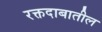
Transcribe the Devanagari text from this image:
रक्तदाबातील